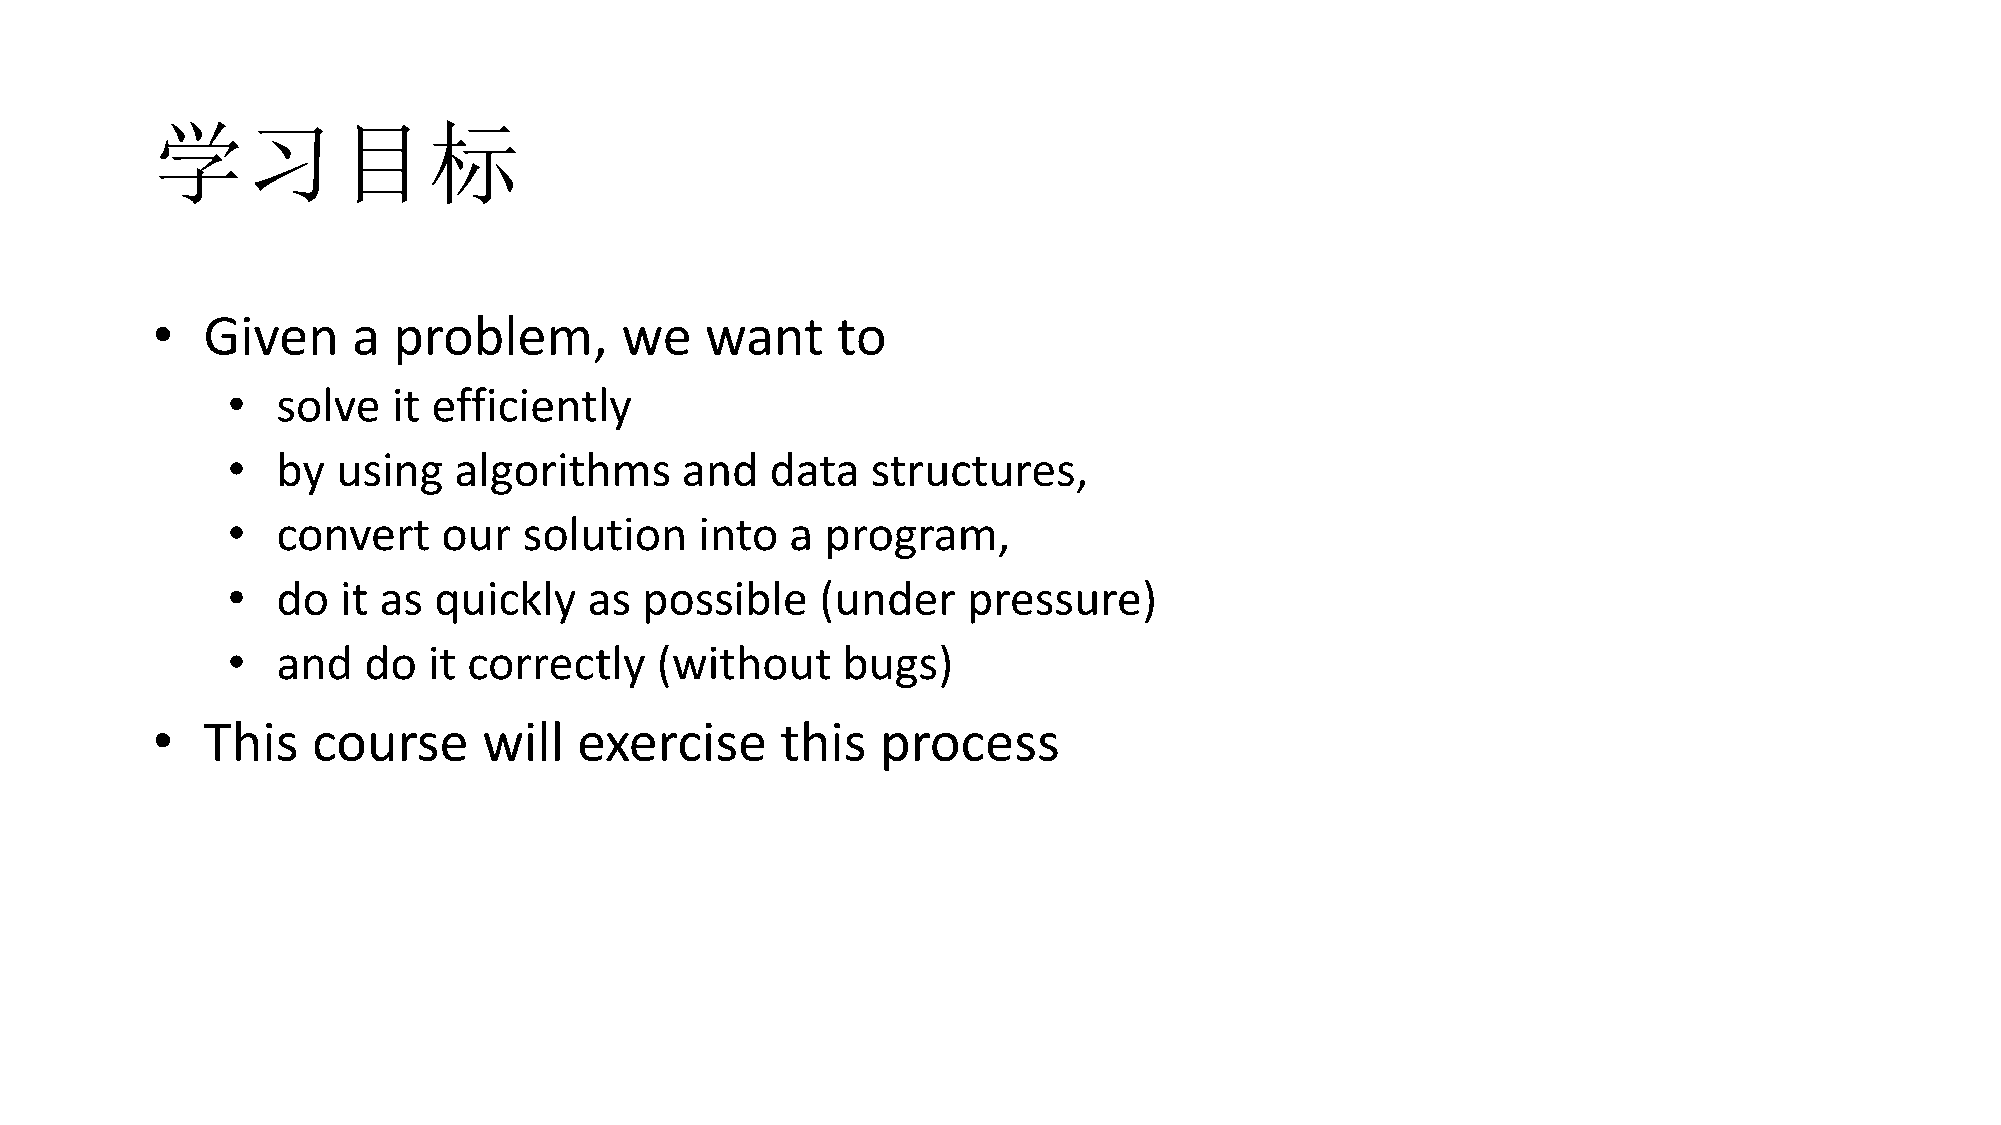
学习目标
 •  Given     a  problem,       we    want    to
 •  solve   it efficiently
 •  by  using   algorithms     and   data   structures,
 •  convert    our   solution   into  a  program,
 •  do   it as quickly   as possible    (under    pressure)
 •  and   do  it correctly   (without     bugs)
 •  This    course     will  exercise      this  process